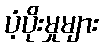
ပံ့ပိုးမှုများ